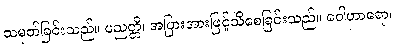
သမုတ်ခြင်းသည်။ ပညတ္တိ၊ အပြားအားဖြင့်သိစေခြင်းသည်။ ဝေါဟာရော၊